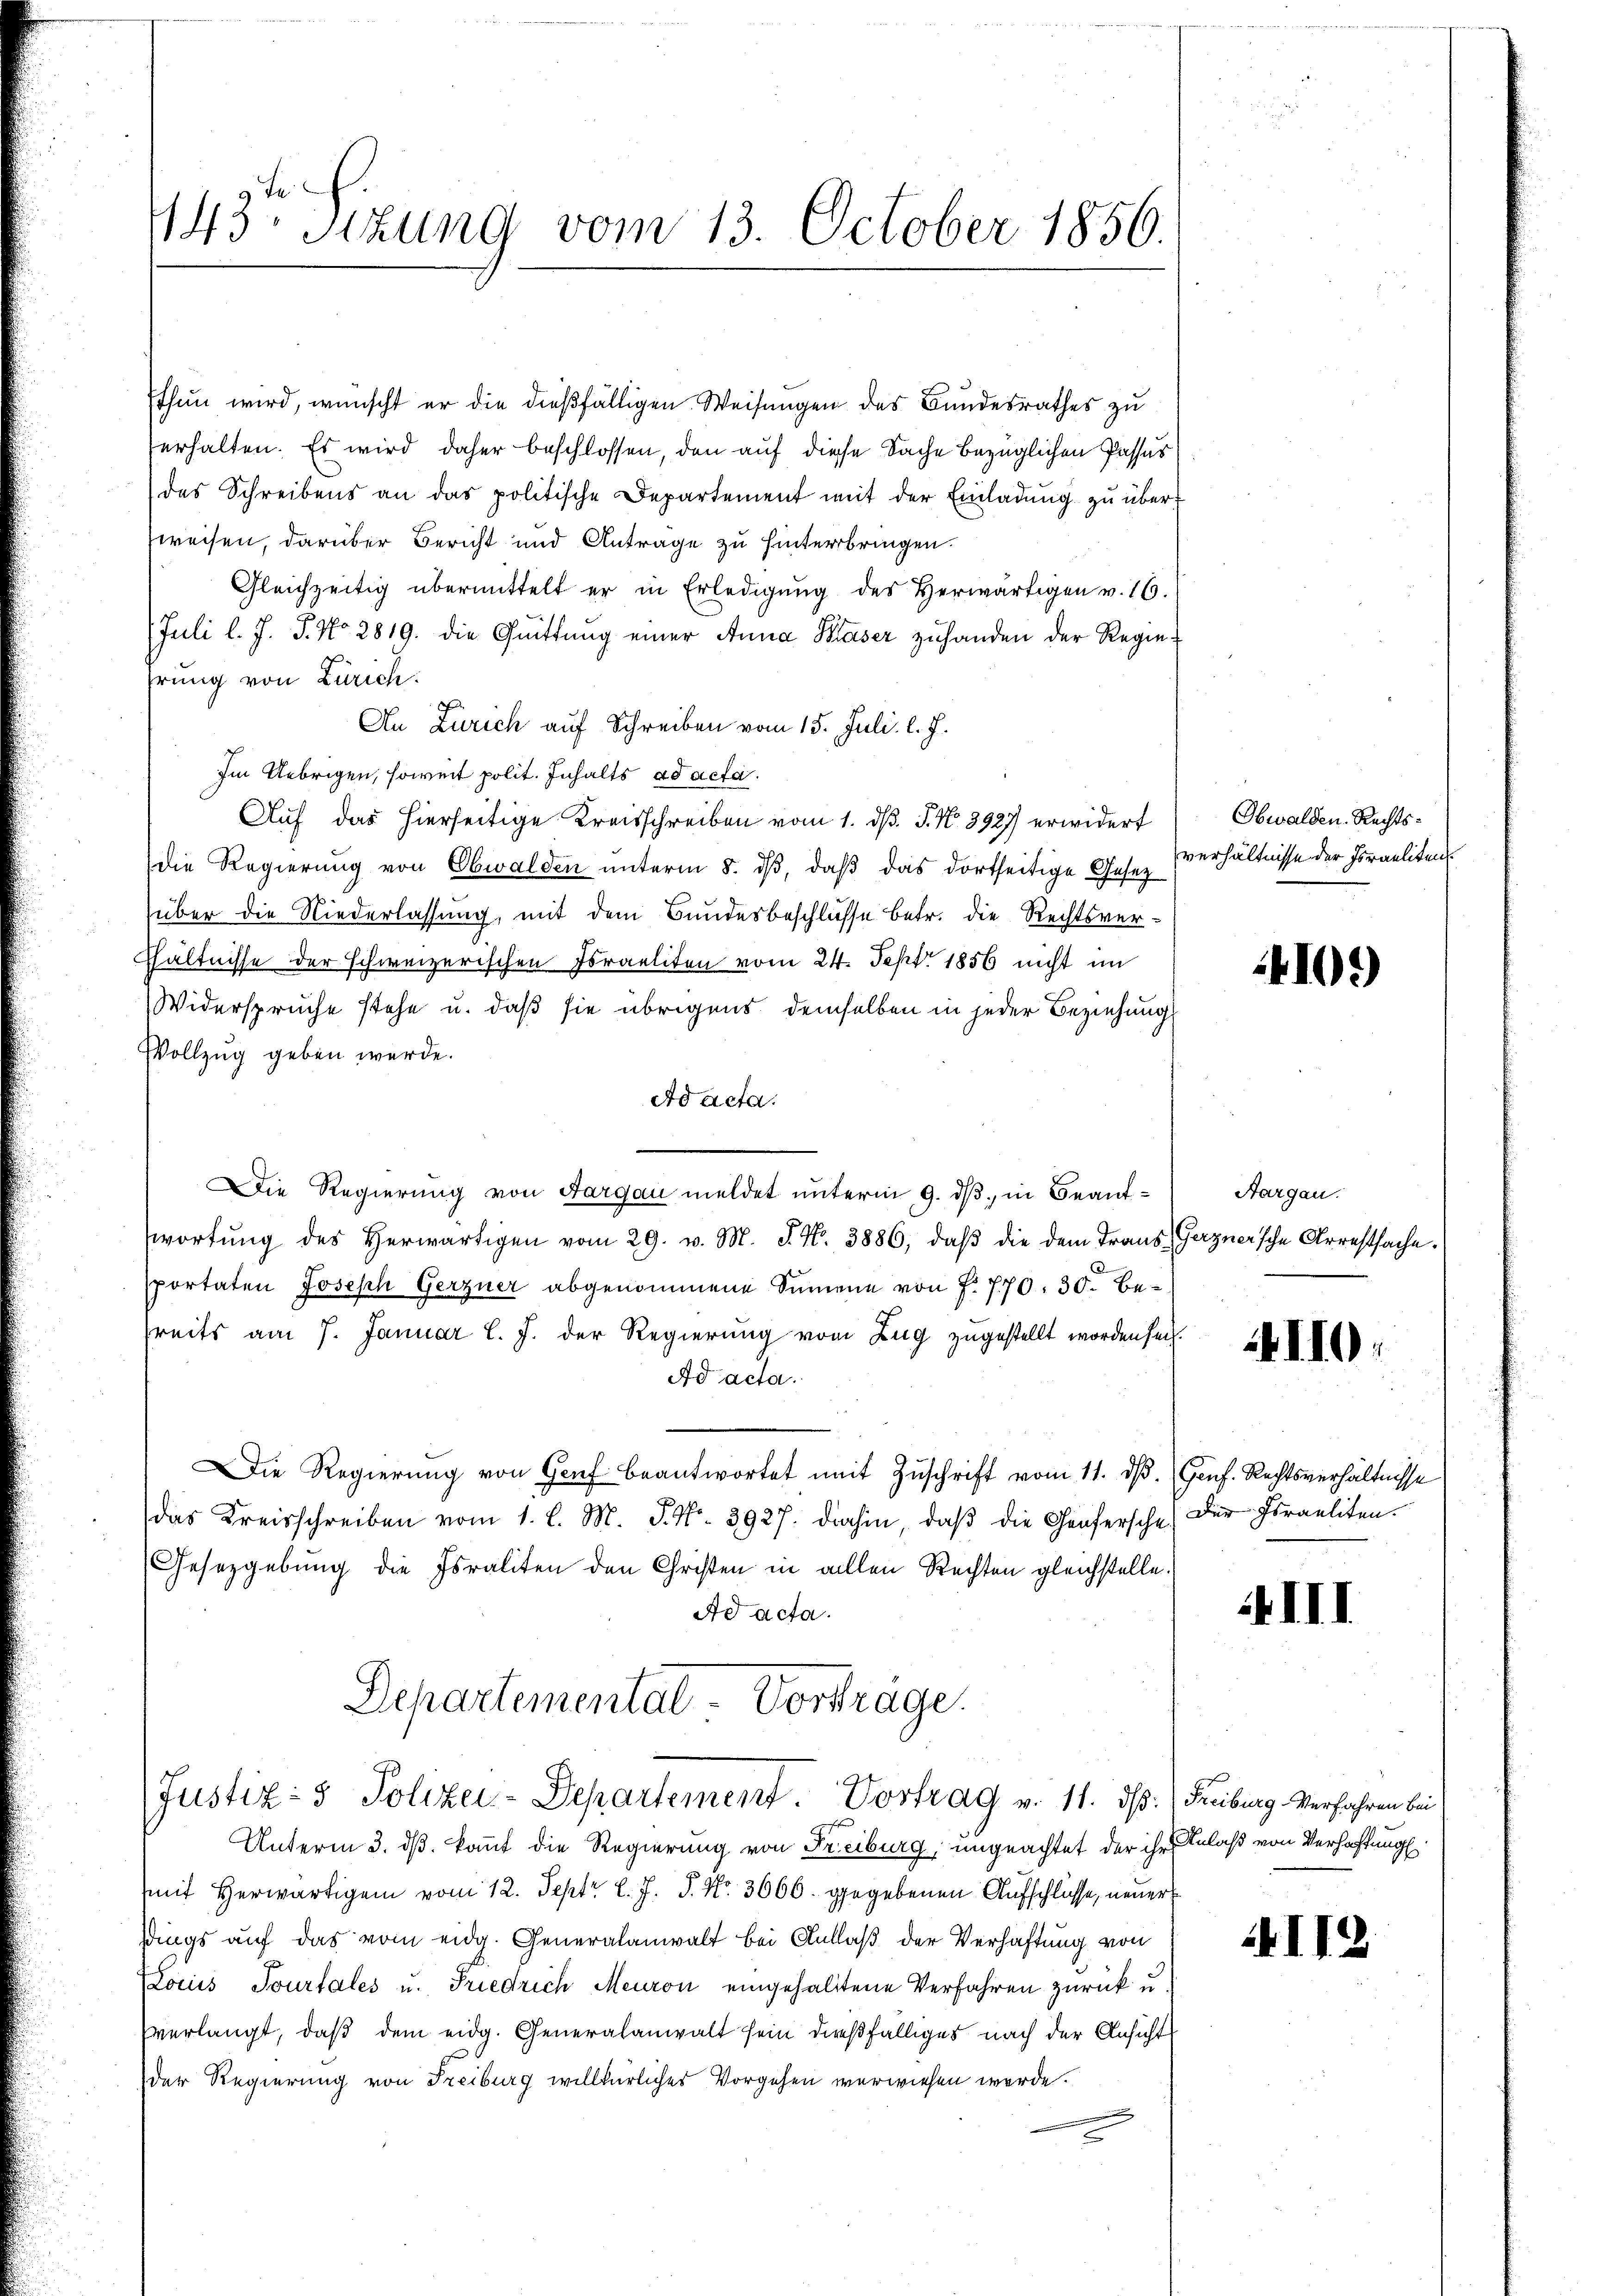
1143. Sitzung vom 13. October 1856.

Thun wird, wünscht er die dießfälligen Weisungen des Bundesrathes zu
erhalten. Es wird daher beschlossen, den auf diese Sache bezüglichen Passus
des Schreibens an das politische Departement mit der Einladung zu überweisen, darüber Bericht und Anträge zu hinterbringen.
Gleichzeitig übermittelt er in Erledigŭng des Herwärtigen v. 16.
(Juli l. J. J. No 2819. die Quittung einer Anna Kaser zuhanden der Regie-
hrung von Zürich.
An Zürich auf Schreiben vom 15. Juli l. J.
Im Uebrigen, soweit polit. Inhalts ad acta.
Auf das hierseitige Kreisschreiben vom 1. d. J. No. 3927 erwidert
die Regierung von Obwalden unterm 8. dβ, daß das dortseitige Gesetz verhältnisse der Foraeliten
über die Niederlassung, mit dem Bundesbeschlüsse betr. die Rechtsverhältnisse der schweizerischen Israeliten vom 24. Sept. 1856 nicht im
Widerspruche stehe u. daß sie übrigens demselben in jeder Beziehung
Vollzug geben werde.
Ad acta.
Die Regierung von Aargau meldet unterm 9. ds, in Beantwortŭng des herwärtigen vom 29. v. M. P. Nr. 3886, daβ die dem Trans Gerzner’sche Arrestsache.
sportaten Joseph Gerzner abgenommene Summene von P. 770. 30. Be-
reits am 7. Januar l. J. der Regierung vom Zug zugestellt worden sei.
Ad acta.
Die Regierŭng von Genf beantwortet mit Zuschrift vom 11. dβ. (Genf. Rechtsverhältnisse
das Kreisschreiben vom 1. l. M. P. Nr. 3927. dahin, daß die Genfersche) Der Israeliten.
Gesetzgebung die Israliten den Christen in allen Rechten gleichstelle.
Ad acta.
Departemental-Vorträge.
Justiz- & Polizei-Departement. Vortrag v. 11. ds. (Freiburg. Verfahren bei
Unterm 3. dß. kannt die Regierung von Freiburg, ungeachtet der ihr Anlaß von Verhaftung
mit Herwärtigen vom 12. Sept. l. J. P. Nr. 3666. gegebenen Aufschlüsse, neuer
sdings auf das vom eidg. Generalanwalt bei Anlaß der Verhaftung von
ocus Sourtales u. Friedrich Meuron eingehaltene Verfahren zurück u.
verlangt, daβ dem eidg. Generalanwalt sein dießfälliges nach der Ansicht
der Regierung von Freiburg willkürliches Vorgehen verwiesen werde.

Obwalden. Rechts¬

4102)

Aargau.

II.

XIII

I12